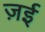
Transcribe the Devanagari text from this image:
ज़ई